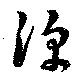
淳